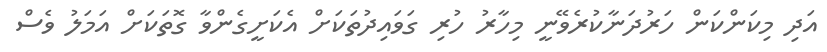
އަދި މިކަންކަން ހަރުދަނާކުރެވޭނީ މިހާރު ހުރި ގަވައިދުތަކަށް އެކަށީގެންވާ ގޮތަކަށް އަމަލު ވެސް